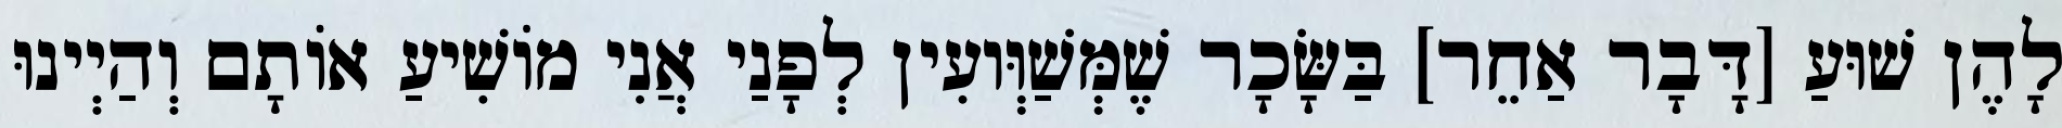
לָהֶן שׁוּעַ [דָּבָר אַחֵר] בַּשָּׂכָר שֶׁמְּשַׁוְּועִין לְפָנַי אֲנִי מוֹשִׁיעַ אוֹתָם וְהַיְינוּ